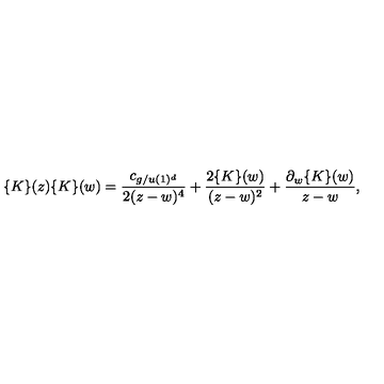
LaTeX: \{ K \} ( z ) \{ K \} ( w ) = { \frac { c _ { g / u ( 1 ) ^ { d } } } { 2 ( z - w ) ^ { 4 } } } + { \frac { 2 \{ K \} ( w ) } { ( z - w ) ^ { 2 } } } + { { \frac { \partial _ { w } \{ K \} ( w ) } { z - w } } } ,